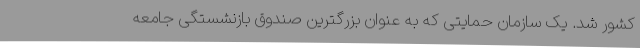
کشور شد. یک سازمان حمایتی که به عنوان بزرگترین صندوق بازنشستگی جامعه